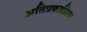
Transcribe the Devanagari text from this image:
अतिप्रकाशित।